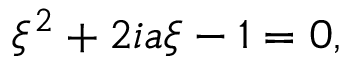
\xi ^ { 2 } + 2 i a \xi - 1 = 0 ,